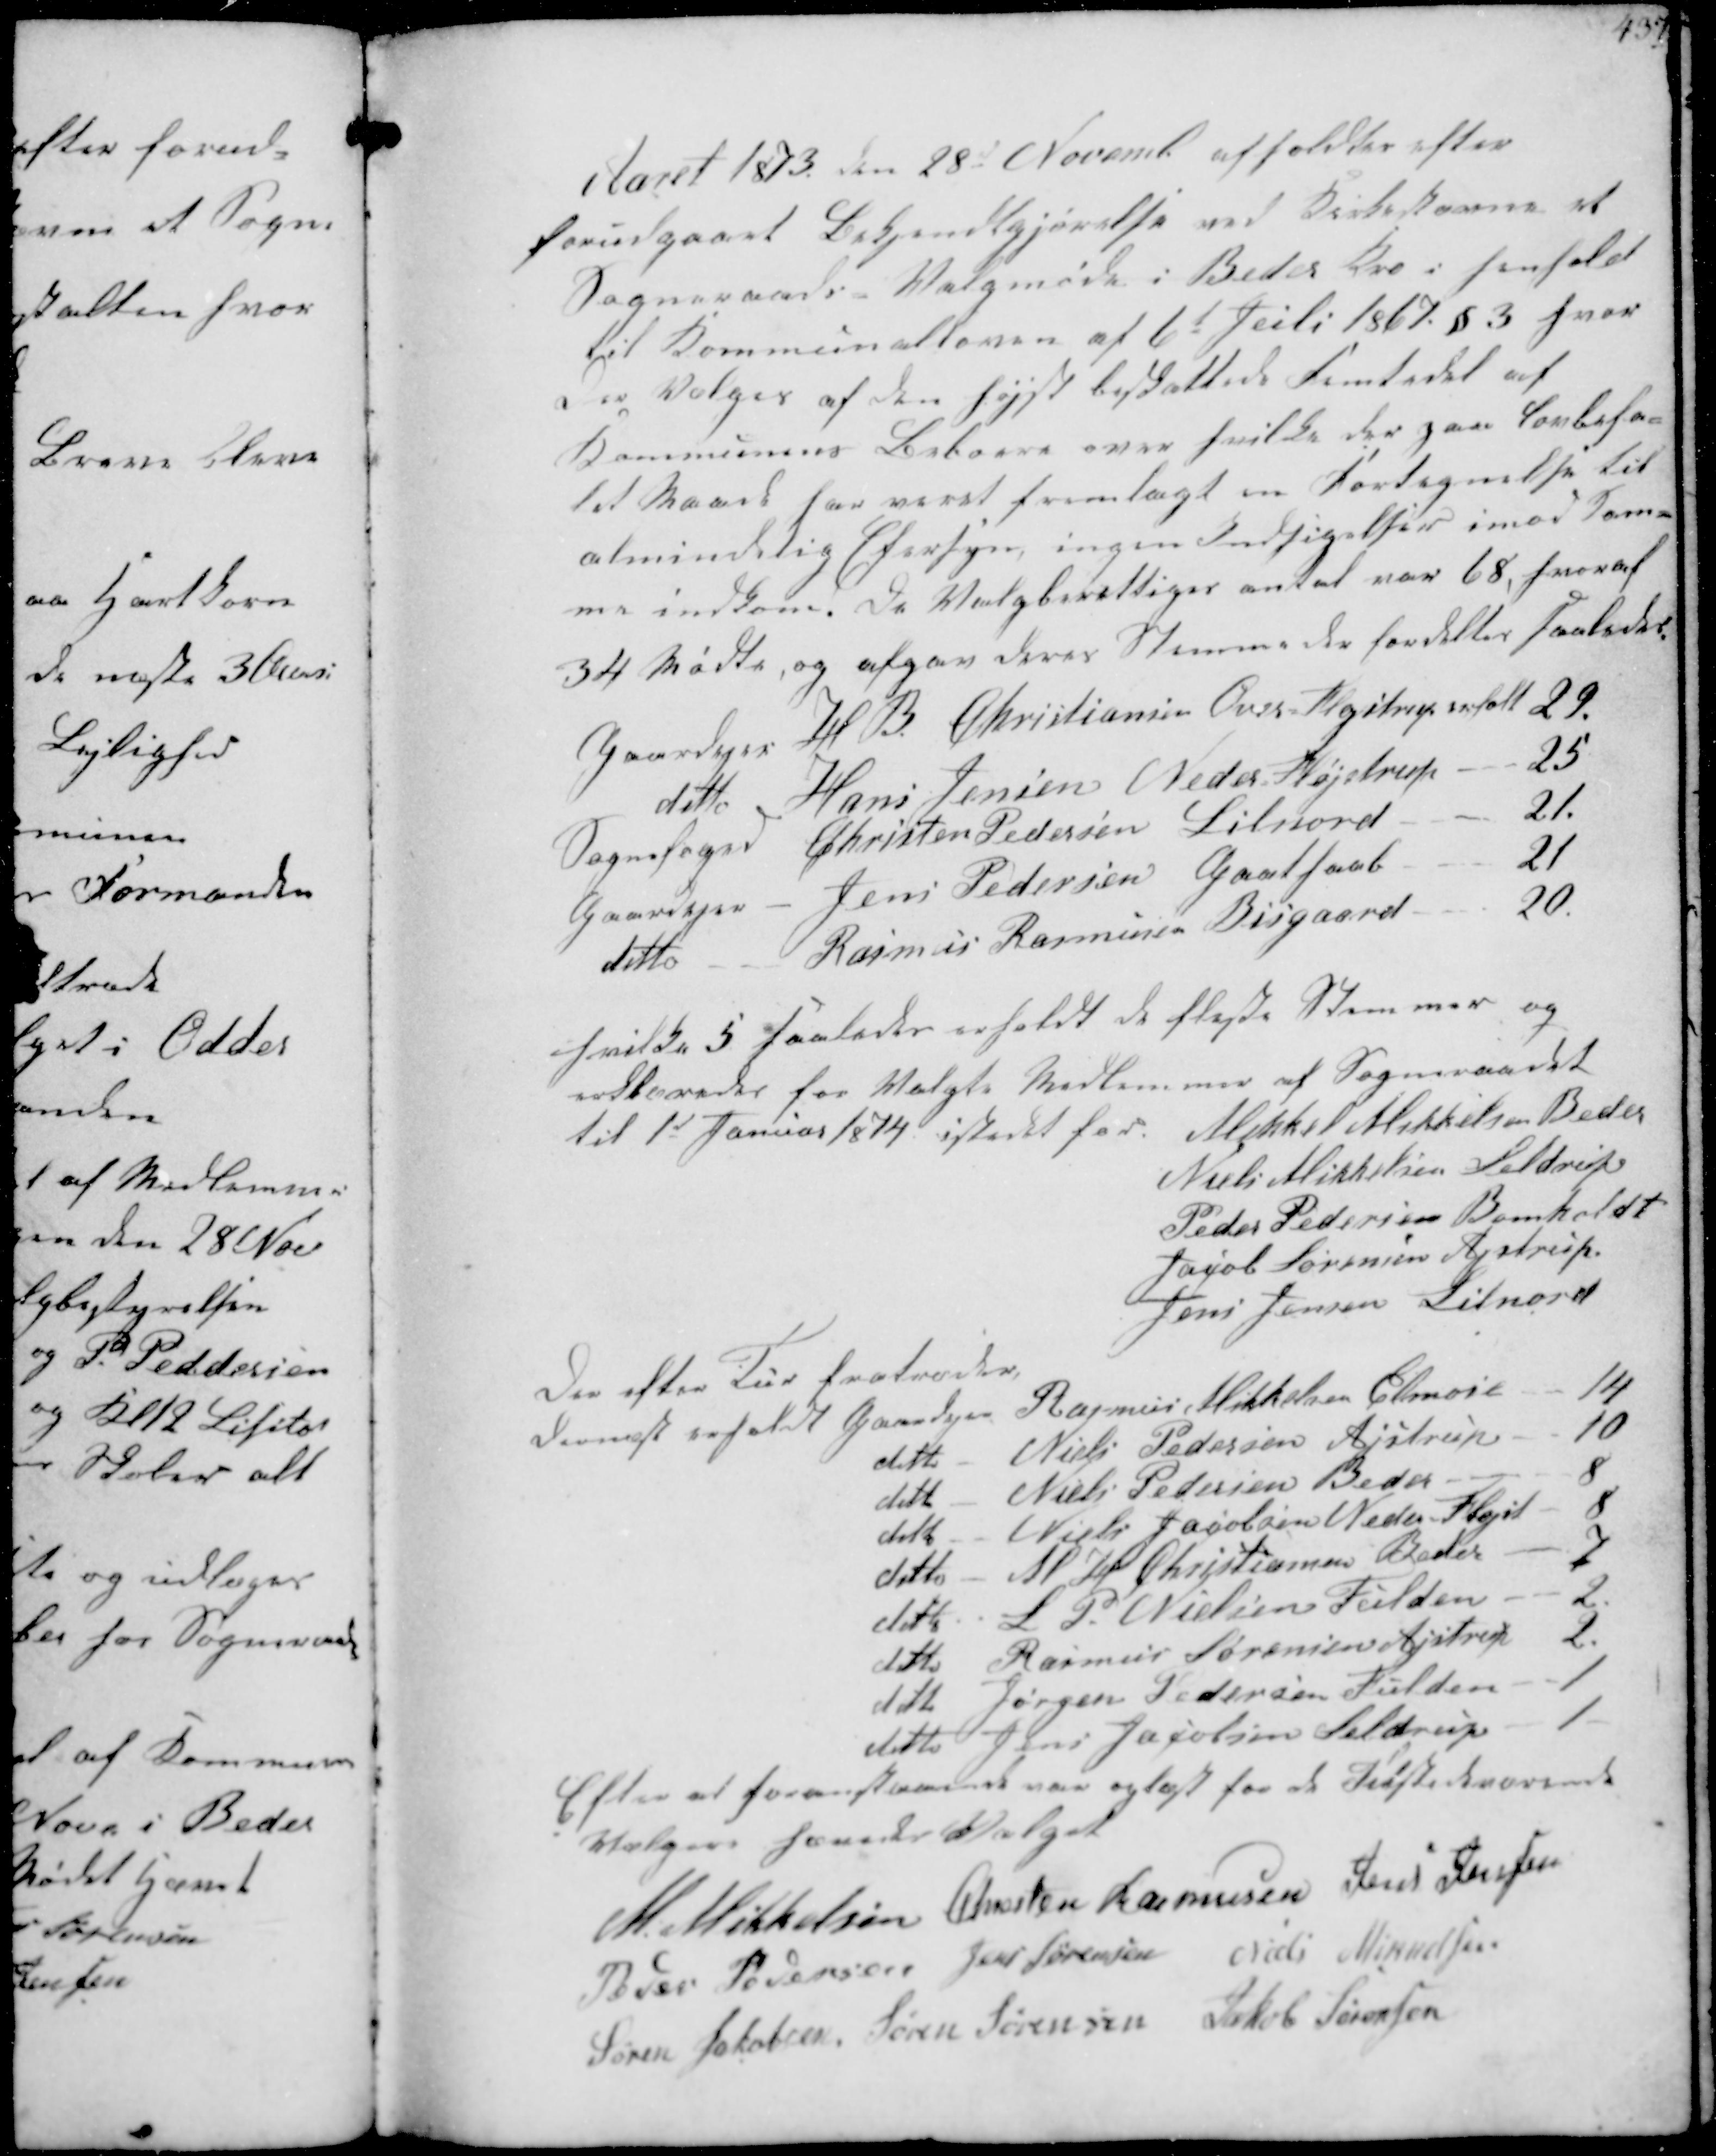
Transskription:
Aaret 1873 den 28 Novemb afholdtes efter
forudgaaet Bekjendtgjørelse ved Kirkestævne et
Sogneraads Valgmøde i Beder Kro i henhold
til Kommunalloven af 6t Juli 1867 §3 hvor
der Vælges af den højst beskattede femtedel af
Kommunens Beboere over hvilke der paa Lovbefa-
let Maade har været fremlagt en Fortegnelse til
almindelig Eftersyn ingen Indsigelser imod sam-
me indkom. De Valgberettiges antal var 68. hvoraf
34 Mødte og afgav deres Stemmer herefter saaledes

Gaardejer H B Christiansen Over Fløjstrup erholdt 29
ditto Hans Jensen Neder Fløjstrup - 25
Sognefoged Christen Pedersen Lilnord 21.
Gaardejer - Jens Pedersen Gaathaab 21
ditto Rasmus Rasmussen Bisgaard 20.

hvilke 5 saaledes erholdt de fleste Stemmer og
erklæredes for Valgte Medlemmer af Sogneraadet
til 1st Januar 1874 istedet for

Mikkel Mikkelsen Beder
Niels Mikkelsen Seldrup
Peder Pedersen Bomholdt
Jacob Sørensen Ajstrup.
Jens Jensen Lilnord

Der efter tur fratræder
dernæst erholdt Gaardejer Rasmus Mikkelsen Elmose
14
ditto Niels Pedersen Ajstrup
10.
ditto Niels Pedersen Beder.
8
ditto Niels Jacobsen Neder Fløjst
8
ditto - M H Christiansen Beder
7
ditto S P. Nielsens Fulden
2.
ditto Rasmus Sørensen Ajstrup
2
ditto Jørgen Pedersen Fulden
1.
ditto Jens Jacobsen Seldrup
1
Efter at foranstaaende var oplæst for de Tilstedeværende
Vælgere hævedes Valget

M Mikkelsen Chresten Rasmussen Jens Jensen
Peder Pedersen Jens Sørensen Niels Mikkelsen
Søren Jakobsen Søren Sørensen Jakob Sørensen